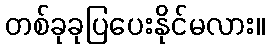
တစ်ခုခုပြပေးနိုင်မလား။